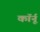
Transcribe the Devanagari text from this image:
कॉर्नू